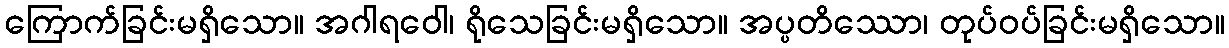
ကြောက်ခြင်းမရှိသော။ အဂါရဝေါ၊ ရိုသေခြင်းမရှိသော။ အပ္ပတိဿော၊ တုပ်ဝပ်ခြင်းမရှိသော။